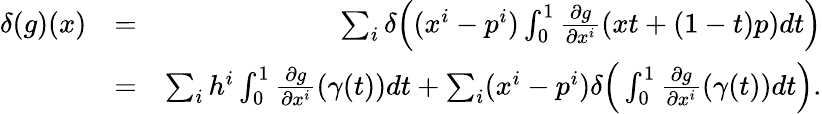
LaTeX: \begin{array}{rlr}{\delta(g)(x)}&{=}&{\sum_{i}\delta\Big((x^{i}-p^{i})\int_{0}^{1}\frac{\partial g}{\partial x^{i}}(xt+(1-t)p)dt\Big)}\\ &{=}&{\sum_{i}h^{i}\int_{0}^{1}\frac{\partial g}{\partial x^{i}}(\gamma(t))dt+\sum_{i}(x^{i}-p^{i})\delta\Big(\int_{0}^{1}\frac{\partial g}{\partial x^{i}}(\gamma(t))dt\Big).}\end{array}